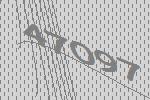
47097